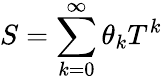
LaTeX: S=\sum_{k=0}^{\infty}\theta_{k}T^{k}